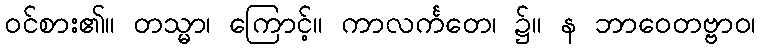
ဝင်စား၏။ တသ္မာ၊ ကြောင့်။ ကာလင်္ကတေ၊ ၌။ န ဘာဝေတဗ္ဗာဝ၊